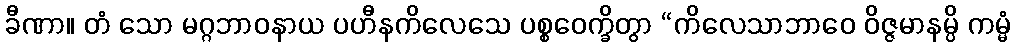
ခီဏာ။ တံ သော မဂ္ဂဘာဝနာယ ပဟီနကိလေသေ ပစ္စဝေက္ခိတွာ “ကိလေသာဘာဝေ ဝိဇ္ဇမာနမ္ပိ ကမ္မံ